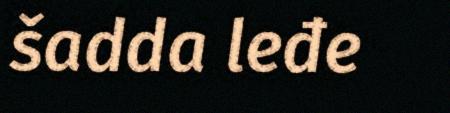
šadda leđe